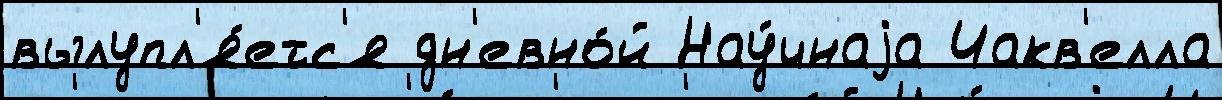
вылупл'я́етс'я дн'евно́й Нау́чнаjа Чакв'елла